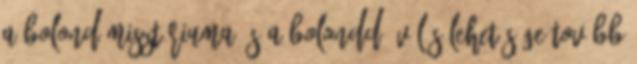
a Bolond misztériuma és a Bolonddá válás lehetõsége tovább